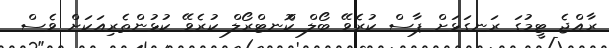
ރާއްޖެ ޓީމުގަ ރަނގަޅަށް ޕާސް ކުރެވޭ ބޯލް ކޮްނޓްރޯލް ކުރެވޭ ކުޅުންތެރިއަކަށް ވެސް